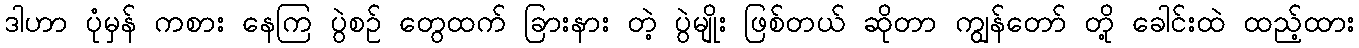
ဒါဟာ ပုံမှန် ကစား နေကြ ပွဲစဉ် တွေထက် ခြားနား တဲ့ ပွဲမျိုး ဖြစ်တယ် ဆိုတာ ကျွန်တော် တို့ ခေါင်းထဲ ထည့်ထား